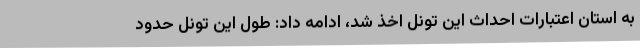
به استان اعتبارات احداث این تونل اخذ شد، ادامه داد: طول این تونل حدود